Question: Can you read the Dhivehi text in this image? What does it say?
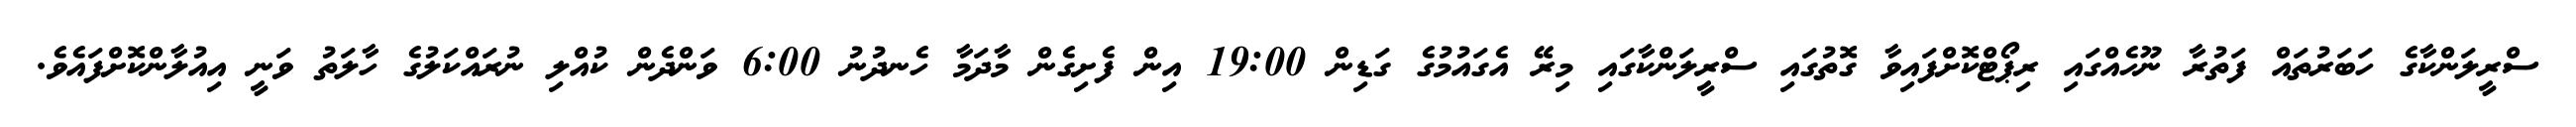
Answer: ސްރީލަންކާގެ ހަބަރުތައް ފަތުރާ ނޫހެއްގައި ރިޕޯޓްކޮށްފައިވާ ގޮތުގައި ސްރީލަންކާގައި މިރޭ އެގައުމުގެ ގަޑިން 19:00 އިން ފެށިގެން މާދަމާ ހެނދުނު 6:00 ވަންދެން ކުއްލި ނުރައްކަލުގެ ހާލަތު ވަނީ އިއުލާންކޮށްފައެވެ.